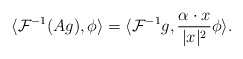
\begin{align*} \langle \mathcal{F}^{-1}(Ag), \phi \rangle= \langle \mathcal{F}^{-1}g, \frac{\alpha \cdot x}{|x|^{2}} \phi \rangle.\end{align*}